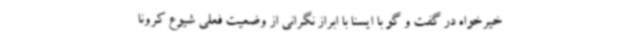
خیرخواه در گفت و گو با ایسنا با ابراز نگرانی از وضعیت فعلی شیوع کرونا